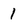
Character: 1